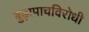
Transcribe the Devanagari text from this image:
बुढ़ापाचविरोधी